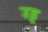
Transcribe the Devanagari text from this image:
उट्ट